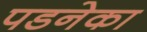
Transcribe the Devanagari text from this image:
पडनेका